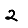
Digit: 2